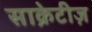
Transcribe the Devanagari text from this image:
साक्रेटीज़